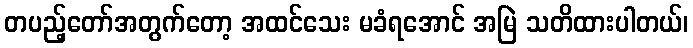
တပည့်တော်အတွက်တော့ အထင်သေး မခံရအောင် အမြဲ သတိထားပါတယ်၊